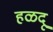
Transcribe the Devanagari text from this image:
हळदू